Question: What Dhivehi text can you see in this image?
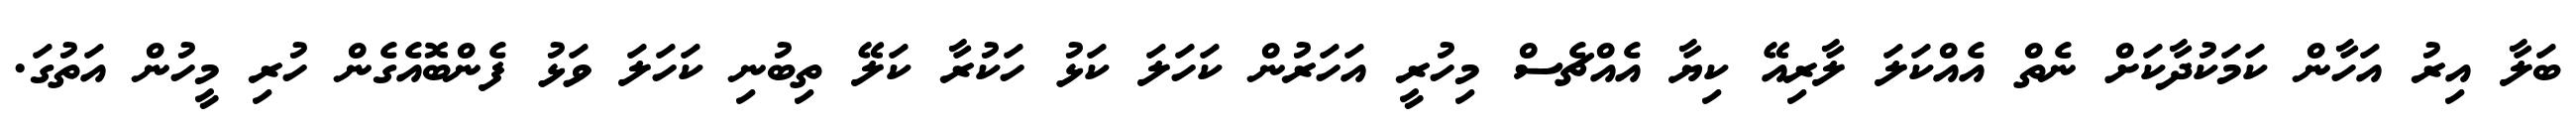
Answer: ބަލާ އިރު އަހާން ކަމަކުދާކަށް ނެތް އެއްކަލަ ލާރިއޭ ކިޔާ އެއްޗެސް މިހުރީ އަހަރުން ކަހަލަ ކަޅު ހަކުރާ ކަލޭ ތިބުނި ކަހަލަ ވަޅު ފެންބޮއެގެން ހުރި މީހުން އަތުގަ.